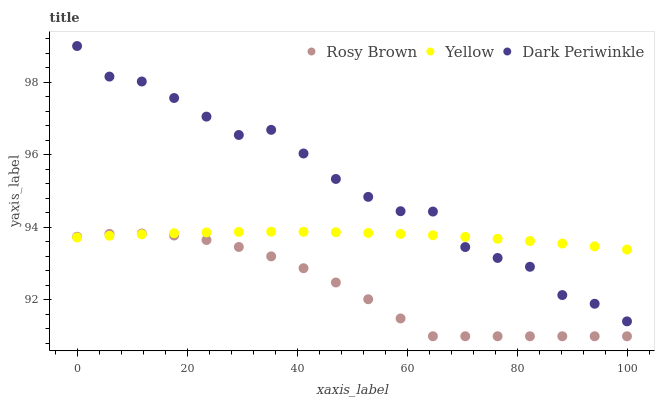
| xaxis_label | Rosy Brown | Yellow | Dark Periwinkle |
 | --- | --- | --- | --- |
 | 0 | 93.7 | 93.7 | 99 |
 | 5.88 | 93.8 | 93.8 | 98.2 |
 | 11.8 | 93.8 | 93.8 | 98 |
 | 17.6 | 93.8 | 93.8 | 97.6 |
 | 23.5 | 93.7 | 93.9 | 97.1 |
 | 29.4 | 93.5 | 93.9 | 96.5 |
 | 35.3 | 93.2 | 93.9 | 96.7 |
 | 41.2 | 92.9 | 93.9 | 96 |
 | 47.1 | 92.5 | 93.9 | 95.3 |
 | 52.9 | 92 | 93.8 | 94.8 |
 | 58.8 | 91.5 | 93.8 | 94.4 |
 | 64.7 | 91 | 93.8 | 94.4 |
 | 70.6 | 91 | 93.7 | 93.5 |
 | 76.5 | 91 | 93.7 | 93.2 |
 | 82.4 | 91 | 93.6 | 92.9 |
 | 88.2 | 91 | 93.6 | 92.1 |
 | 94.1 | 91 | 93.5 | 91.9 |
 | 100 | 91 | 93.4 | 91.4 |